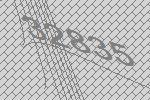
32835